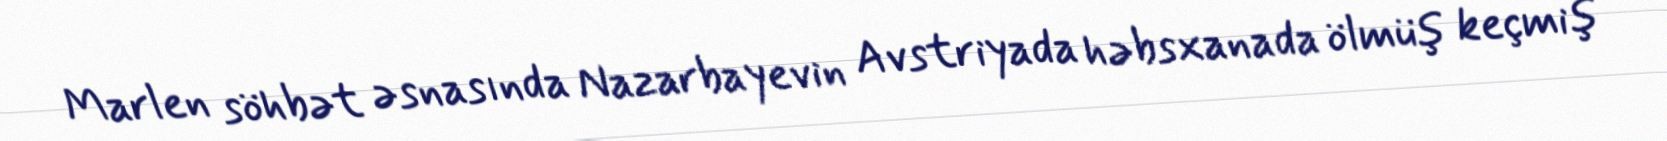
Marlen söhbət əsnasında Nazarbayevin Avstriyada həbsxanada ölmüş keçmiş